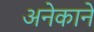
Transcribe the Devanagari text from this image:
अनेकाने